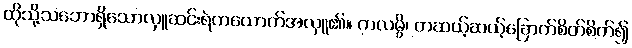
ထိုသို့သဘောရှိသောလှူဆင်းရဲတယောက်အလှူ၏။ ကလမ္ပိ၊ တဆယ့်ဆယ့်ခြောက်စိတ်စိတ်၍